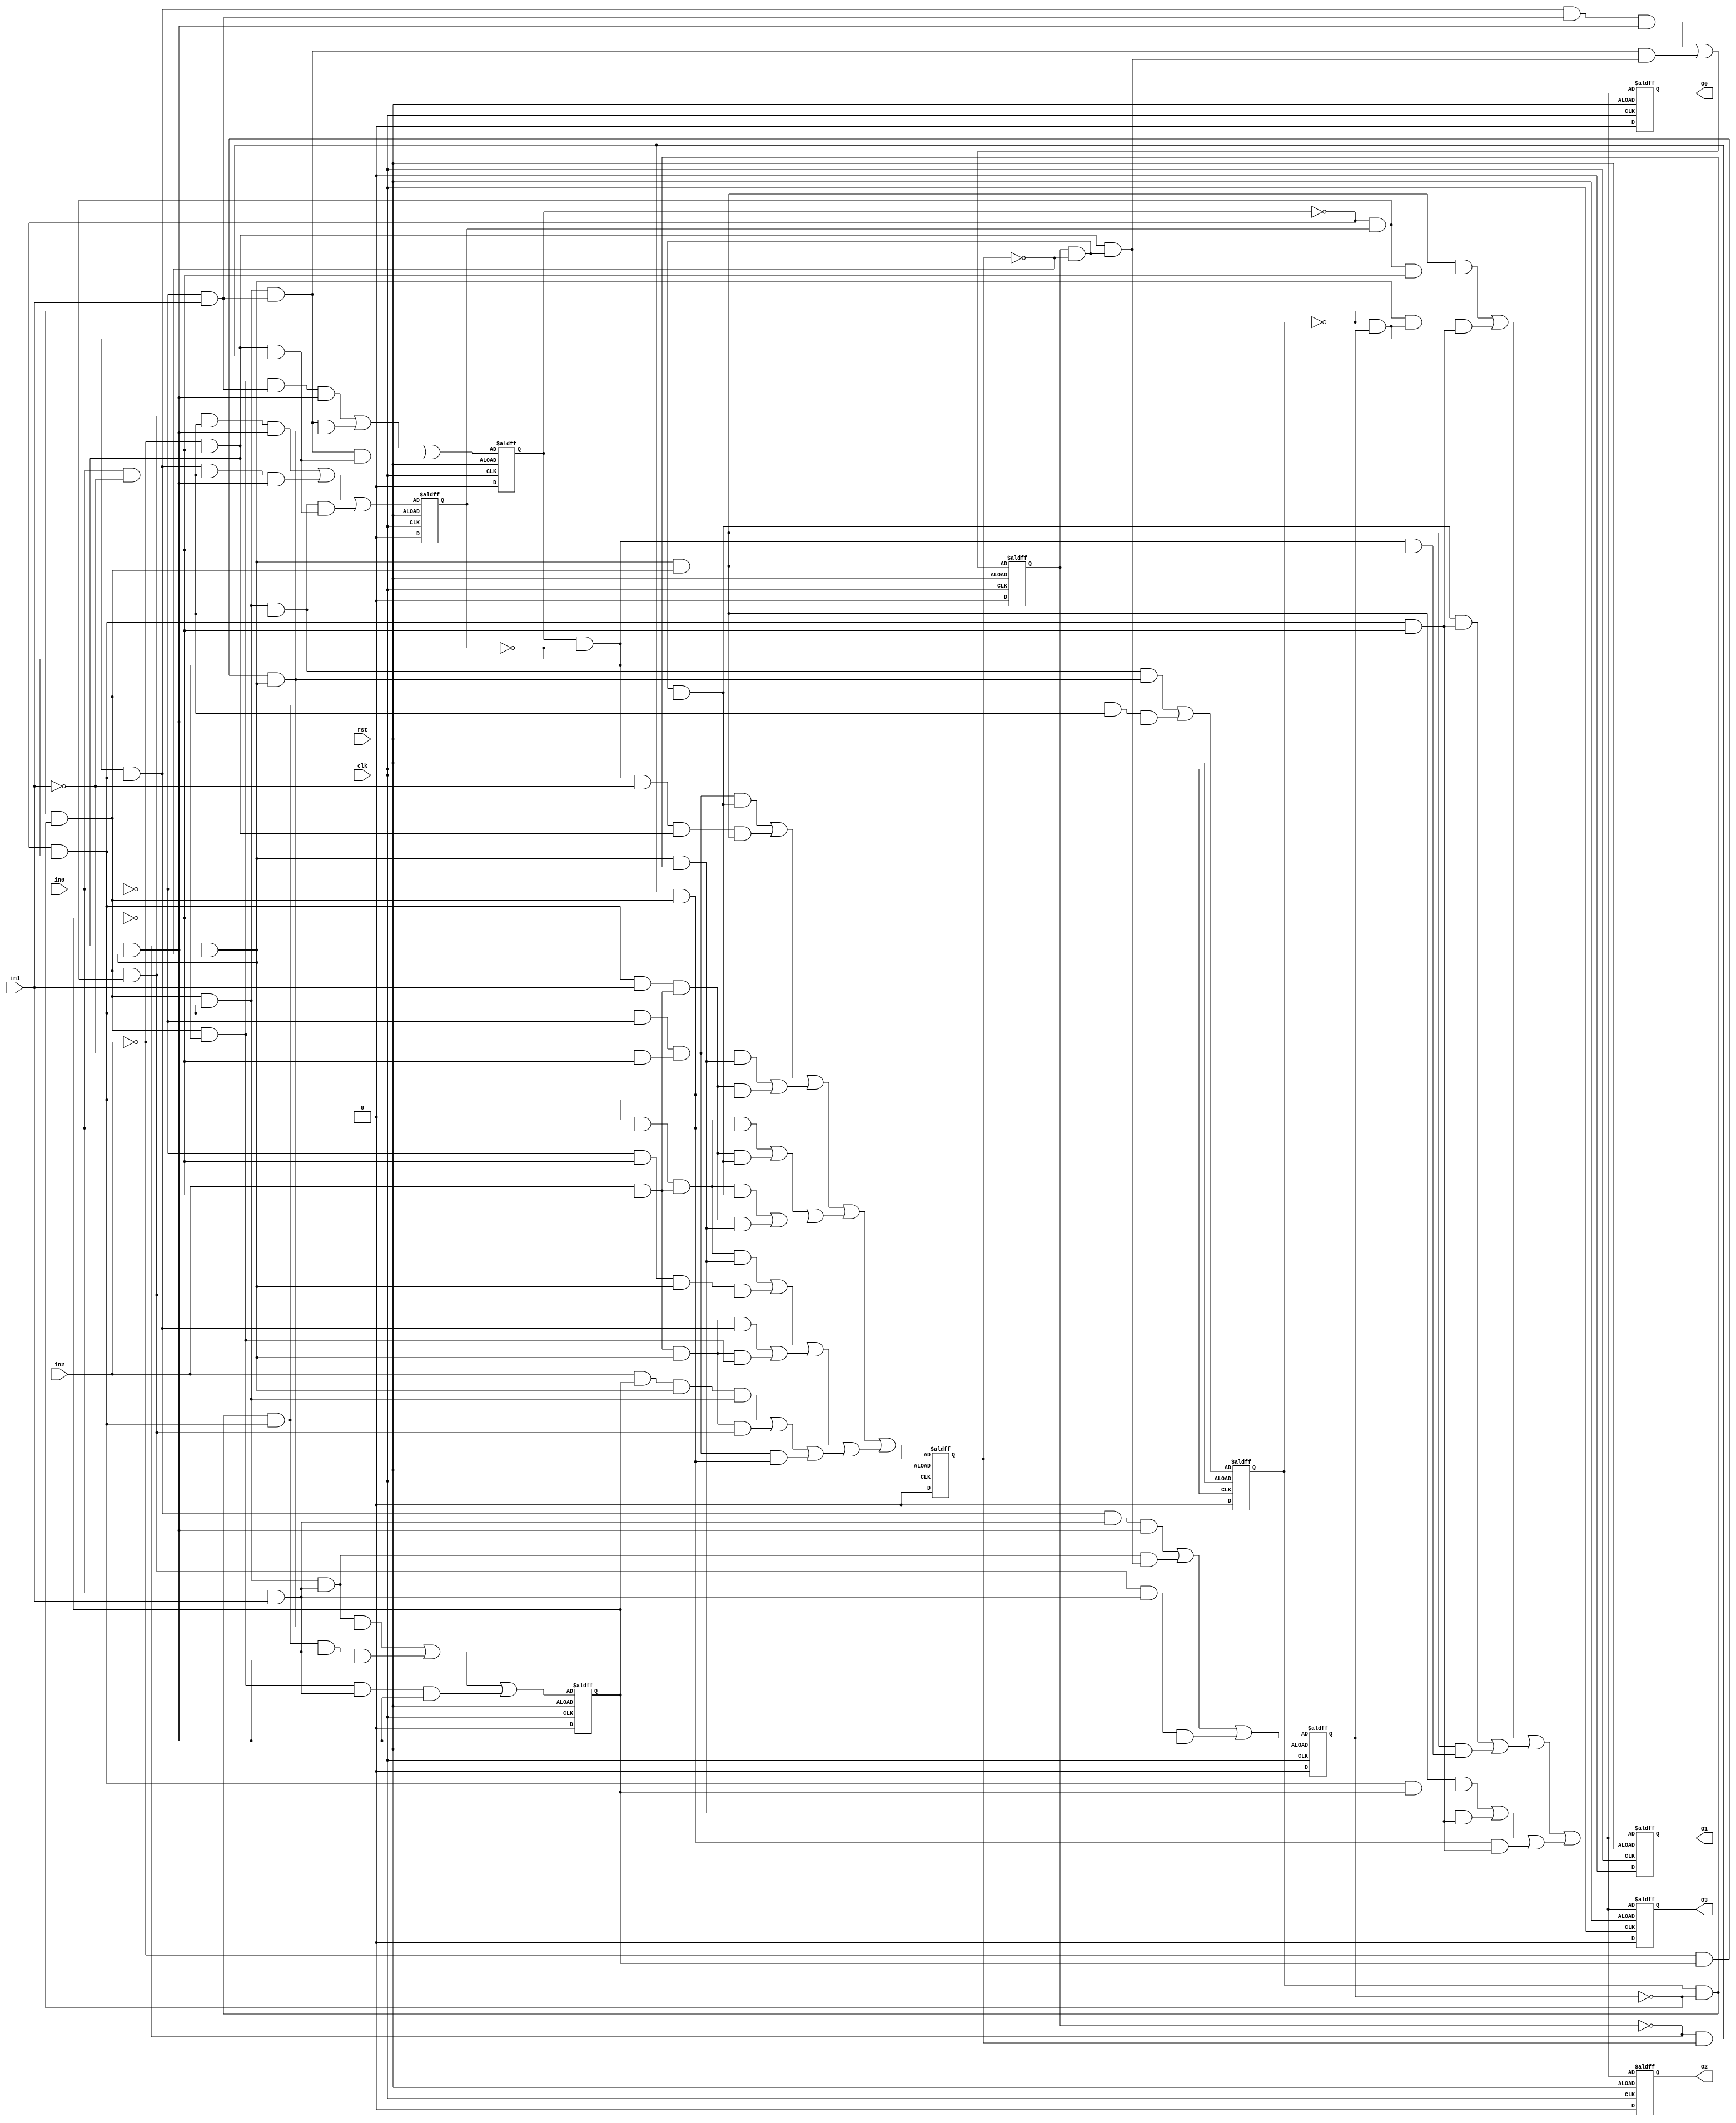
//num of or = 49
//num of and = 428
//num of not = 390
//num of wire = 865
module c1126 (in0,in1,in2,O0,O1,O2,O3,clk,rst);

input in0,in1,in2,clk,rst;

output O0,O1,O2,O3;

wire in0,in1,in2,N0,N1,N2,N3,N4,N5,N6,N7,N8,
N9,N10,N11,N12,N13,N14,N15,N16,N17,N18,
N19,N20,N21,N22,N23,N24,N25,N26,N27,N28,
N29,N30,N31,N32,N33,N34,N35,N36,N37,N38,
N39,N40,N41,N42,N43,N44,N45,N46,N47,N48,
N49,N50,N51,N52,N53,N54,N55,N56,N57,N58,
N59,N60,N61,N62,N63,N64,N65,N66,N67,N68,
N69,N70,N71,N72,N73,N74,N75,N76,N77,N78,
N79,N80,N81,N82,N83,N84,N85,N86,N87,N88,
N89,N90,N91,N92,N93,N94,N95,N96,N97,N98,
N99,N100,N101,N102,N103,N104,N105,N106,N107,N108,
N109,N110,N111,N112,N113,N114,N115,N116,N117,N118,
N119,N120,N121,N122,N123,N124,N125,N126,N127,N128,
N129,N130,N131,N132,N133,N134,N135,N136,N137,N138,
N139,N140,N141,N142,N143,N144,N145,N146,N147,N148,
N149,N150,N151,N152,N153,N154,N155,N156,N157,N158,
N159,N160,N161,N162,N163,N164,N165,N166,N167,N168,
N169,N170,N171,N172,N173,N174,N175,N176,N177,N178,
N179,N180,N181,N182,N183,N184,N185,N186,N187,N188,
N189,N190,N191,N192,N193,N194,N195,N196,N197,N198,
N199,N200,N201,N202,N203,N204,N205,N206,N207,N208,
N209,N210,N211,N212,N213,N214,N215,N216,N217,N218,
N219,N220,N221,N222,N223,N224,N225,N226,N227,N228,
N229,N230,N231,N232,N233,N234,N235,N236,N237,N238,
N239,N240,N241,N242,N243,N244,N245,N246,N247,N248,
N249,N250,N251,N252,N253,N254,N255,N256,N257,N258,
N259,N260,N261,N262,N263,N264,N265,N266,N267,N268,
N269,N270,N271,N272,N273,N274,N275,N276,N277,N278,
N279,N280,N281,N282,N283,N284,N285,N286,N287,N288,
N289,N290,N291,N292,N293,N294,N295,N296,N297,N298,
N299,N300,N301,N302,N303,N304,N305,N306,N307,N308,
N309,N310,N311,N312,N313,N314,N315,N316,N317,N318,
N319,N320,N321,N322,N323,N324,N325,N326,N327,N328,
N329,N330,N331,N332,N333,N334,N335,N336,N337,N338,
N339,N340,N341,N342,N343,N344,N345,N346,N347,N348,
N349,N350,N351,N352,N353,N354,N355,N356,N357,N358,
N359,N360,N361,N362,N363,N364,N365,N366,N367,N368,
N369,N370,N371,N372,N373,N374,N375,N376,N377,N378,
N379,N380,N381,N382,N383,N384,N385,N386,N387,N388,
N389,N390,N391,N392,N393,N394,N395,N396,N397,N398,
N399,N400,N401,N402,N403,N404,N405,N406,N407,N408,
N409,N410,N411,N412,N413,N414,N415,N416,N417,N418,
N419,N420,N421,N422,N423,N424,N425,N426,N427,N428,
N429,N430,N431,N432,N433,N434,N435,N436,N437,N438,
N439,N440,N441,N442,N443,N444,N445,N446,N447,N448,
N449,N450,N451,N452,N453,N454,N455,N456,N457,N458,
N459,N460,N461,N462,N463,N464,N465,N466,N467,N468,
N469,N470,N471,N472,N473,N474,N475,N476,N477,N478,
N479,N480,N481,N482,N483,N484,N485,N486,N487,N488,
N489,N490,N491,N492,N493,N494,N495,N496,N497,N498,
N499,N500,N501,N502,N503,N504,N505,N506,N507,N508,
N509,N510,N511,N512,N513,N514,N515,N516,N517,N518,
N519,N520,N521,N522,N523,N524,N525,N526,N527,N528,
N529,N530,N531,N532,N533,N534,N535,N536,N537,N538,
N539,N540,N541,N542,N543,N544,N545,N546,N547,N548,
N549,N550,N551,N552,N553,N554,N555,N556,N557,N558,
N559,N560,N561,N562,N563,N564,N565,N566,N567,N568,
N569,N570,N571,N572,N573,N574,N575,N576,N577,N578,
N579,N580,N581,N582,N583,N584,N585,N586,N587,N588,
N589,N590,N591,N592,N593,N594,N595,N596,N597,N598,
N599,N600,N601,N602,N603,N604,N605,N606,N607,N608,
N609,N610,N611,N612,N613,N614,N615,N616,N617,N618,
N619,N620,N621,N622,N623,N624,N625,N626,N627,N628,
N629,N630,N631,N632,N633,N634,N635,N636,N637,N638,
N639,N640,N641,N642,N643,N644,N645,N646,N647,N648,
N649,N650,N651,N652,N653,N654,N655,N656,N657,N658,
N659,N660,N661,N662,N663,N664,N665,N666,N667,N668,
N669,N670,N671,N672,N673,N674,N675,N676,N677,N678,
N679,N680,N681,N682,N683,N684,N685,N686,N687,N688,
N689,N690,N691,N692,N693,N694,N695,N696,N697,N698,
N699,N700,N701,N702,N703,N704,N705,N706,N707,N708,
N709,N710,N711,N712,N713,N714,N715,N716,N717,N718,
N719,N720,N721,N722,N723,N724,N725,N726,N727,N728,
N729,N730,N731,N732,N733,N734,N735,N736,N737,N738,
N739,N740,N741,N742,N743,N744,N745,N746,N747,N748,
N749,N750,N751,N752,N753,N754,N755,N756,N757,N758,
N759,N760,N761,N762,N763,N764,N765,N766,N767,N768,
N769,N770,N771,N772,N773,N774,N775,N776,N777,N778,
N779,N780,N781,N782,N783,N784,N785,N786,N787,N788,
N789,N790,N791,N792,N793,N794,N795,N796,N797,N798,
N799,N800,N801,N802,N803,N804,N805,N806,N807,N808,
N809,N810,N811,N812,N813,N814,N815,N816,N817,N818,
N819,N820,N821,N822,N823,N824,N825,N826,N827,N828,
N829,N830,N831,N832,N833,N834,N835,N836,N837,N838,
N839,N840,N841,N842,N843,N844,N845,N846,N847,N848,
N849,N850,N851,N852,N853,N854,N855,N856,N857,N858,
N859,N860,N861,N862,N863,clk,rst;

reg R0,R1,R2,R3,R4,R5,R6,O0,O1,O2,O3;

always@(posedge clk or negedge rst)
 if(!rst)
   R0 <= N0;
   else
   R0= 1'b0;

always@(posedge clk or negedge rst)
 if(!rst)
   R1 <= N50;
   else
   R1= 1'b0;

always@(posedge clk or negedge rst)
 if(!rst)
   R2 <= N85;
   else
   R2= 1'b0;

always@(posedge clk or negedge rst)
 if(!rst)
   R3 <= N313;
   else
   R3= 1'b0;

always@(posedge clk or negedge rst)
 if(!rst)
   R4 <= N348;
   else
   R4= 1'b0;

always@(posedge clk or negedge rst)
 if(!rst)
   R5 <= N398;
   else
   R5= 1'b0;

always@(posedge clk or negedge rst)
 if(!rst)
   R6 <= N451;
   else
   R6= 1'b0;

always@(posedge clk or negedge rst)
  if(!rst)
   O0 <= N504;
  else
       O0=1'b0;
always@(posedge clk or negedge rst)
  if(!rst)
   O1 <= N594;
  else
       O1=1'b0;
always@(posedge clk or negedge rst)
  if(!rst)
   O2 <= N684;
  else
       O2=1'b0;
always@(posedge clk or negedge rst)
  if(!rst)
   O3 <= N774;
  else
       O3=1'b0;

and and0(N2,N3,N4);
and and9(N18,N19,N20);
and and18(N34,N35,N36);
and and1(N3,N5,N6);
and and2(N4,N7,N8);
and and10(N19,N21,N22);
and and11(N20,N23,N24);
and and19(N35,N37,N38);
and and20(N36,N39,N40);
and and3(N5,N9,N10);
and and4(N6,in0,in1);
and and5(N7,N11,N12);
and and6(N8,N13,N14);
and and12(N21,N25,N26);
and and13(N22,in0,in1);
and and14(N23,N27,R0);
and and15(N24,N28,N29);
and and21(N37,N41,N42);
and and22(N38,in0,in1);
and and23(N39,N43,N44);
and and24(N40,N45,N46);
and and7(N9,N15,N16);
and and8(N10,R5,N17);
and and16(N25,N30,N31);
and and17(N26,N32,N33);
and and25(N41,R3,N47);
and and26(N42,N48,N49);
and and27(N51,N52,N53);
and and36(N68,N69,N70);
and and28(N52,N54,N55);
and and29(N53,N56,N57);
and and37(N69,N71,N72);
and and38(N70,N73,N74);
and and30(N54,N58,N59);
and and31(N55,N60,in1);
and and32(N56,N61,N62);
and and33(N57,N63,N64);
and and39(N71,N75,N76);
and and40(N72,N77,in1);
and and41(N73,N78,N79);
and and42(N74,R1,N80);
and and34(N58,N65,R4);
and and35(N59,N66,N67);
and and43(N75,N81,N82);
and and44(N76,N83,N84);
and and45(N99,N100,N101);
and and53(N115,N116,N117);
and and61(N131,N132,N133);
and and69(N147,N148,N149);
and and77(N163,N164,N165);
and and85(N177,N178,N179);
and and93(N191,N192,N193);
and and101(N205,N206,N207);
and and109(N219,N220,N221);
and and117(N233,N234,N235);
and and125(N247,N248,N249);
and and132(N261,N262,N263);
and and139(N274,N275,N276);
and and146(N287,N288,N289);
and and153(N300,N301,N302);
and and46(N100,N102,N103);
and and47(N101,N104,N105);
and and54(N116,N118,N119);
and and55(N117,N120,N121);
and and62(N132,N134,N135);
and and63(N133,N136,N137);
and and70(N148,N150,N151);
and and71(N149,N152,N153);
and and78(N164,N166,N167);
and and79(N165,N168,N169);
and and86(N178,N180,N181);
and and87(N179,N182,N183);
and and94(N192,N194,N195);
and and95(N193,N196,N197);
and and102(N206,N208,N209);
and and103(N207,N210,N211);
and and110(N220,N222,N223);
and and111(N221,N224,N225);
and and118(N234,N236,N237);
and and119(N235,N238,N239);
and and126(N248,N250,N251);
and and127(N249,N252,N253);
and and133(N262,N264,N265);
and and134(N263,N266,N267);
and and140(N275,N277,N278);
and and141(N276,N279,N280);
and and147(N288,N290,N291);
and and148(N289,N292,N293);
and and154(N301,N303,N304);
and and155(N302,N305,N306);
and and48(N102,N106,N107);
and and49(N103,N108,N109);
and and50(N104,N110,R2);
and and51(N105,N111,N112);
and and56(N118,N122,N123);
and and57(N119,N124,N125);
and and58(N120,R1,N126);
and and59(N121,N127,N128);
and and64(N134,N138,N139);
and and65(N135,N140,N141);
and and66(N136,N142,N143);
and and67(N137,N144,N145);
and and72(N150,N154,N155);
and and73(N151,N156,N157);
and and74(N152,N158,N159);
and and75(N153,R3,N160);
and and80(N166,N170,in1);
and and81(N167,in2,N171);
and and82(N168,N172,R2);
and and83(N169,N173,N174);
and and88(N180,N184,in0);
and and89(N181,in2,N185);
and and90(N182,N186,R2);
and and91(N183,N187,N188);
and and96(N194,N198,in1);
and and97(N195,in2,N199);
and and98(N196,R1,N200);
and and99(N197,N201,N202);
and and104(N208,N212,in0);
and and105(N209,in2,N213);
and and106(N210,R1,N214);
and and107(N211,N215,N216);
and and112(N222,N226,in1);
and and113(N223,in2,N227);
and and114(N224,N228,N229);
and and115(N225,R3,N230);
and and120(N236,N240,in0);
and and121(N237,in2,N241);
and and122(N238,N242,N243);
and and123(N239,R3,N244);
and and128(N250,N254,N255);
and and129(N251,N256,N257);
and and130(N252,N258,N259);
and and131(N253,N260,R6);
and and135(N264,in2,N268);
and and136(N265,N269,N270);
and and137(N266,N271,R4);
and and138(N267,N272,N273);
and and142(N277,in2,N281);
and and143(N278,N282,N283);
and and144(N279,N284,N285);
and and145(N280,R5,N286);
and and149(N290,in2,R0);
and and150(N291,N294,N295);
and and151(N292,N296,N297);
and and152(N293,N298,N299);
and and156(N303,in2,N307);
and and157(N304,N308,N309);
and and158(N305,N310,N311);
and and159(N306,N312,R6);
and and52(N106,N113,N114);
and and60(N122,N129,N130);
and and68(N138,R5,N146);
and and76(N154,N161,N162);
and and84(N170,N175,N176);
and and92(N184,N189,N190);
and and100(N198,N203,N204);
and and108(N212,N217,N218);
and and116(N226,N231,N232);
and and124(N240,N245,N246);
and and160(N314,N315,N316);
and and169(N331,N332,N333);
and and161(N315,N317,N318);
and and162(N316,N319,N320);
and and170(N332,N334,N335);
and and171(N333,N336,N337);
and and163(N317,N321,N322);
and and164(N318,in0,N323);
and and165(N319,N324,R0);
and and166(N320,N325,N326);
and and172(N334,N338,N339);
and and173(N335,in0,N340);
and and174(N336,N341,N342);
and and175(N337,N343,N344);
and and167(N321,N327,N328);
and and168(N322,N329,N330);
and and176(N338,R3,N345);
and and177(N339,N346,N347);
and and178(N350,N351,N352);
and and187(N366,N367,N368);
and and196(N382,N383,N384);
and and179(N351,N353,N354);
and and180(N352,N355,N356);
and and188(N367,N369,N370);
and and189(N368,N371,N372);
and and197(N383,N385,N386);
and and198(N384,N387,N388);
and and181(N353,N357,N358);
and and182(N354,in0,in1);
and and183(N355,N359,N360);
and and184(N356,N361,N362);
and and190(N369,N373,N374);
and and191(N370,in0,in1);
and and192(N371,N375,N376);
and and193(N372,N377,N378);
and and199(N385,N389,N390);
and and200(N386,in0,in1);
and and201(N387,N391,N392);
and and202(N388,R1,N393);
and and185(N357,N363,N364);
and and186(N358,N365,R6);
and and194(N373,N379,R4);
and and195(N374,N380,N381);
and and203(N389,N394,N395);
and and204(N390,N396,N397);
and and205(N400,N401,N402);
and and214(N417,N418,N419);
and and223(N434,N435,N436);
and and206(N401,N403,N404);
and and207(N402,N405,N406);
and and215(N418,N420,N421);
and and216(N419,N422,N423);
and and224(N435,N437,N438);
and and225(N436,N439,N440);
and and208(N403,N407,N408);
and and209(N404,N409,in1);
and and210(N405,N410,N411);
and and211(N406,N412,R2);
and and217(N420,N424,N425);
and and218(N421,N426,in1);
and and219(N422,N427,N428);
and and220(N423,N429,N430);
and and226(N437,N441,N442);
and and227(N438,N443,in1);
and and228(N439,N444,R0);
and and229(N440,N445,N446);
and and212(N407,N413,N414);
and and213(N408,N415,N416);
and and221(N424,N431,N432);
and and222(N425,R5,N433);
and and230(N441,N447,N448);
and and231(N442,N449,N450);
and and232(N453,N454,N455);
and and241(N470,N471,N472);
and and250(N487,N488,N489);
and and233(N454,N456,N457);
and and234(N455,N458,N459);
and and242(N471,N473,N474);
and and243(N472,N475,N476);
and and251(N488,N490,N491);
and and252(N489,N492,N493);
and and235(N456,N460,N461);
and and236(N457,in0,N462);
and and237(N458,N463,N464);
and and238(N459,N465,R2);
and and244(N473,N477,N478);
and and245(N474,in0,N479);
and and246(N475,N480,N481);
and and247(N476,N482,N483);
and and253(N490,N494,N495);
and and254(N491,in0,N496);
and and255(N492,N497,N498);
and and256(N493,N499,N500);
and and239(N460,N466,N467);
and and240(N461,N468,N469);
and and248(N477,N484,N485);
and and249(N478,N486,R6);
and and257(N494,N501,R4);
and and258(N495,N502,N503);
and and259(N510,N511,N512);
and and265(N522,N523,N524);
and and271(N534,N535,N536);
and and277(N546,N547,N548);
and and283(N558,N559,N560);
and and289(N570,N571,N572);
and and295(N582,N583,N584);
and and260(N511,N513,N514);
and and261(N512,N515,N516);
and and266(N523,N525,N526);
and and267(N524,N527,N528);
and and272(N535,N537,N538);
and and273(N536,N539,N540);
and and278(N547,N549,N550);
and and279(N548,N551,N552);
and and284(N559,N561,N562);
and and285(N560,N563,N564);
and and290(N571,N573,N574);
and and291(N572,N575,R0);
and and296(N583,N585,N586);
and and297(N584,N587,N588);
and and262(N513,N517,R2);
and and263(N514,N518,N519);
and and264(N515,N520,N521);
and and268(N525,N529,N530);
and and269(N526,N531,N532);
and and270(N527,N533,R6);
and and274(N537,N541,N542);
and and275(N538,N543,R4);
and and276(N539,N544,N545);
and and280(N549,R1,N553);
and and281(N550,N554,N555);
and and282(N551,N556,N557);
and and286(N561,N565,N566);
and and287(N562,N567,N568);
and and288(N563,R5,N569);
and and292(N573,N576,N577);
and and293(N574,N578,N579);
and and294(N575,N580,N581);
and and298(N585,N589,N590);
and and299(N586,R3,N591);
and and300(N587,N592,N593);
and and301(N600,N601,N602);
and and307(N612,N613,N614);
and and313(N624,N625,N626);
and and319(N636,N637,N638);
and and325(N648,N649,N650);
and and331(N660,N661,N662);
and and337(N672,N673,N674);
and and302(N601,N603,N604);
and and303(N602,N605,N606);
and and308(N613,N615,N616);
and and309(N614,N617,N618);
and and314(N625,N627,N628);
and and315(N626,N629,N630);
and and320(N637,N639,N640);
and and321(N638,N641,N642);
and and326(N649,N651,N652);
and and327(N650,N653,N654);
and and332(N661,N663,N664);
and and333(N662,N665,R0);
and and338(N673,N675,N676);
and and339(N674,N677,N678);
and and304(N603,N607,R2);
and and305(N604,N608,N609);
and and306(N605,N610,N611);
and and310(N615,N619,N620);
and and311(N616,N621,N622);
and and312(N617,N623,R6);
and and316(N627,N631,N632);
and and317(N628,N633,R4);
and and318(N629,N634,N635);
and and322(N639,R1,N643);
and and323(N640,N644,N645);
and and324(N641,N646,N647);
and and328(N651,N655,N656);
and and329(N652,N657,N658);
and and330(N653,R5,N659);
and and334(N663,N666,N667);
and and335(N664,N668,N669);
and and336(N665,N670,N671);
and and340(N675,N679,N680);
and and341(N676,R3,N681);
and and342(N677,N682,N683);
and and343(N690,N691,N692);
and and349(N702,N703,N704);
and and355(N714,N715,N716);
and and361(N726,N727,N728);
and and367(N738,N739,N740);
and and373(N750,N751,N752);
and and379(N762,N763,N764);
and and344(N691,N693,N694);
and and345(N692,N695,N696);
and and350(N703,N705,N706);
and and351(N704,N707,N708);
and and356(N715,N717,N718);
and and357(N716,N719,N720);
and and362(N727,N729,N730);
and and363(N728,N731,N732);
and and368(N739,N741,N742);
and and369(N740,N743,N744);
and and374(N751,N753,N754);
and and375(N752,N755,R0);
and and380(N763,N765,N766);
and and381(N764,N767,N768);
and and346(N693,N697,R2);
and and347(N694,N698,N699);
and and348(N695,N700,N701);
and and352(N705,N709,N710);
and and353(N706,N711,N712);
and and354(N707,N713,R6);
and and358(N717,N721,N722);
and and359(N718,N723,R4);
and and360(N719,N724,N725);
and and364(N729,R1,N733);
and and365(N730,N734,N735);
and and366(N731,N736,N737);
and and370(N741,N745,N746);
and and371(N742,N747,N748);
and and372(N743,R5,N749);
and and376(N753,N756,N757);
and and377(N754,N758,N759);
and and378(N755,N760,N761);
and and382(N765,N769,N770);
and and383(N766,R3,N771);
and and384(N767,N772,N773);
and and385(N780,N781,N782);
and and391(N792,N793,N794);
and and397(N804,N805,N806);
and and403(N816,N817,N818);
and and409(N828,N829,N830);
and and415(N840,N841,N842);
and and421(N852,N853,N854);
and and386(N781,N783,N784);
and and387(N782,N785,N786);
and and392(N793,N795,N796);
and and393(N794,N797,N798);
and and398(N805,N807,N808);
and and399(N806,N809,N810);
and and404(N817,N819,N820);
and and405(N818,N821,N822);
and and410(N829,N831,N832);
and and411(N830,N833,N834);
and and416(N841,N843,N844);
and and417(N842,N845,R0);
and and422(N853,N855,N856);
and and423(N854,N857,N858);
and and388(N783,N787,R2);
and and389(N784,N788,N789);
and and390(N785,N790,N791);
and and394(N795,N799,N800);
and and395(N796,N801,N802);
and and396(N797,N803,R6);
and and400(N807,N811,N812);
and and401(N808,N813,R4);
and and402(N809,N814,N815);
and and406(N819,R1,N823);
and and407(N820,N824,N825);
and and408(N821,N826,N827);
and and412(N831,N835,N836);
and and413(N832,N837,N838);
and and414(N833,R5,N839);
and and418(N843,N846,N847);
and and419(N844,N848,N849);
and and420(N845,N850,N851);
and and424(N855,N859,N860);
and and425(N856,R3,N861);
and and426(N857,N862,N863);

or or0(N0,N1,N2);
or or1(N1,N18,N34);
or or2(N50,N51,N68);
or or3(N85,N86,N87);
or or4(N86,N88,N89);
or or5(N87,N90,N91);
or or6(N88,N92,N93);
or or7(N89,N94,N95);
or or8(N90,N96,N97);
or or9(N91,N98,N99);
or or10(N92,N115,N131);
or or11(N93,N147,N163);
or or12(N94,N177,N191);
or or13(N95,N205,N219);
or or14(N96,N233,N247);
or or15(N97,N261,N274);
or or16(N98,N287,N300);
or or17(N313,N314,N331);
or or18(N348,N349,N350);
or or19(N349,N366,N382);
or or20(N398,N399,N400);
or or21(N399,N417,N434);
or or22(N451,N452,N453);
or or23(N452,N470,N487);
or or24(N504,N505,N506);
or or25(N505,N507,N508);
or or26(N506,N509,N510);
or or27(N507,N522,N534);
or or28(N508,N546,N558);
or or29(N509,N570,N582);
or or30(N594,N595,N596);
or or31(N595,N597,N598);
or or32(N596,N599,N600);
or or33(N597,N612,N624);
or or34(N598,N636,N648);
or or35(N599,N660,N672);
or or36(N684,N685,N686);
or or37(N685,N687,N688);
or or38(N686,N689,N690);
or or39(N687,N702,N714);
or or40(N688,N726,N738);
or or41(N689,N750,N762);
or or42(N774,N775,N776);
or or43(N775,N777,N778);
or or44(N776,N779,N780);
or or45(N777,N792,N804);
or or46(N778,N816,N828);
or or47(N779,N840,N852);

not not0(N11,in2);
not not1(N12,R0);
not not2(N13,R1);
not not3(N14,R2);
not not4(N27,in2);
not not5(N28,R1);
not not6(N29,R2);
not not7(N43,in2);
not not8(N44,R0);
not not9(N45,R1);
not not10(N46,R2);
not not11(N15,R3);
not not12(N16,R4);
not not13(N17,R6);
not not14(N30,R3);
not not15(N31,R4);
not not16(N32,R5);
not not17(N33,R6);
not not18(N47,R4);
not not19(N48,R5);
not not20(N49,R6);
not not21(N60,in0);
not not22(N61,in2);
not not23(N62,R0);
not not24(N63,R1);
not not25(N64,R2);
not not26(N77,in0);
not not27(N78,in2);
not not28(N79,R0);
not not29(N80,R2);
not not30(N65,R3);
not not31(N66,R5);
not not32(N67,R6);
not not33(N81,R3);
not not34(N82,R4);
not not35(N83,R5);
not not36(N84,R6);
not not37(N107,in0);
not not38(N108,in1);
not not39(N109,R0);
not not40(N110,R1);
not not41(N111,R3);
not not42(N112,R4);
not not43(N123,in0);
not not44(N124,in1);
not not45(N125,R0);
not not46(N126,R2);
not not47(N127,R3);
not not48(N128,R4);
not not49(N139,in1);
not not50(N140,in2);
not not51(N141,R0);
not not52(N142,R1);
not not53(N143,R2);
not not54(N144,R3);
not not55(N145,R4);
not not56(N155,in0);
not not57(N156,in1);
not not58(N157,R0);
not not59(N158,R1);
not not60(N159,R2);
not not61(N160,R4);
not not62(N171,R0);
not not63(N172,R1);
not not64(N173,R3);
not not65(N174,R4);
not not66(N185,R0);
not not67(N186,R1);
not not68(N187,R3);
not not69(N188,R4);
not not70(N199,R0);
not not71(N200,R2);
not not72(N201,R3);
not not73(N202,R4);
not not74(N213,R0);
not not75(N214,R2);
not not76(N215,R3);
not not77(N216,R4);
not not78(N227,R0);
not not79(N228,R1);
not not80(N229,R2);
not not81(N230,R4);
not not82(N241,R0);
not not83(N242,R1);
not not84(N243,R2);
not not85(N244,R4);
not not86(N254,in0);
not not87(N255,R0);
not not88(N256,R1);
not not89(N257,R2);
not not90(N258,R3);
not not91(N259,R4);
not not92(N260,R5);
not not93(N268,R0);
not not94(N269,R1);
not not95(N270,R2);
not not96(N271,R3);
not not97(N272,R5);
not not98(N273,R6);
not not99(N281,R0);
not not100(N282,R1);
not not101(N283,R2);
not not102(N284,R3);
not not103(N285,R4);
not not104(N286,R6);
not not105(N294,R1);
not not106(N295,R2);
not not107(N296,R3);
not not108(N297,R4);
not not109(N298,R5);
not not110(N299,R6);
not not111(N307,R0);
not not112(N308,R1);
not not113(N309,R2);
not not114(N310,R3);
not not115(N311,R4);
not not116(N312,R5);
not not117(N113,R5);
not not118(N114,R6);
not not119(N129,R5);
not not120(N130,R6);
not not121(N146,R6);
not not122(N161,R5);
not not123(N162,R6);
not not124(N175,R5);
not not125(N176,R6);
not not126(N189,R5);
not not127(N190,R6);
not not128(N203,R5);
not not129(N204,R6);
not not130(N217,R5);
not not131(N218,R6);
not not132(N231,R5);
not not133(N232,R6);
not not134(N245,R5);
not not135(N246,R6);
not not136(N323,in1);
not not137(N324,in2);
not not138(N325,R1);
not not139(N326,R2);
not not140(N340,in1);
not not141(N341,in2);
not not142(N342,R0);
not not143(N343,R1);
not not144(N344,R2);
not not145(N327,R3);
not not146(N328,R4);
not not147(N329,R5);
not not148(N330,R6);
not not149(N345,R4);
not not150(N346,R5);
not not151(N347,R6);
not not152(N359,in2);
not not153(N360,R0);
not not154(N361,R1);
not not155(N362,R2);
not not156(N375,in2);
not not157(N376,R0);
not not158(N377,R1);
not not159(N378,R2);
not not160(N391,in2);
not not161(N392,R0);
not not162(N393,R2);
not not163(N363,R3);
not not164(N364,R4);
not not165(N365,R5);
not not166(N379,R3);
not not167(N380,R5);
not not168(N381,R6);
not not169(N394,R3);
not not170(N395,R4);
not not171(N396,R5);
not not172(N397,R6);
not not173(N409,in0);
not not174(N410,in2);
not not175(N411,R0);
not not176(N412,R1);
not not177(N426,in0);
not not178(N427,in2);
not not179(N428,R0);
not not180(N429,R1);
not not181(N430,R2);
not not182(N443,in0);
not not183(N444,in2);
not not184(N445,R1);
not not185(N446,R2);
not not186(N413,R3);
not not187(N414,R4);
not not188(N415,R5);
not not189(N416,R6);
not not190(N431,R3);
not not191(N432,R4);
not not192(N433,R6);
not not193(N447,R3);
not not194(N448,R4);
not not195(N449,R5);
not not196(N450,R6);
not not197(N462,in1);
not not198(N463,in2);
not not199(N464,R0);
not not200(N465,R1);
not not201(N479,in1);
not not202(N480,in2);
not not203(N481,R0);
not not204(N482,R1);
not not205(N483,R2);
not not206(N496,in1);
not not207(N497,in2);
not not208(N498,R0);
not not209(N499,R1);
not not210(N500,R2);
not not211(N466,R3);
not not212(N467,R4);
not not213(N468,R5);
not not214(N469,R6);
not not215(N484,R3);
not not216(N485,R4);
not not217(N486,R5);
not not218(N501,R3);
not not219(N502,R5);
not not220(N503,R6);
not not221(N516,R0);
not not222(N528,R0);
not not223(N540,R0);
not not224(N552,R0);
not not225(N564,R0);
not not226(N588,R0);
not not227(N517,R1);
not not228(N518,R3);
not not229(N519,R4);
not not230(N520,R5);
not not231(N521,R6);
not not232(N529,R1);
not not233(N530,R2);
not not234(N531,R3);
not not235(N532,R4);
not not236(N533,R5);
not not237(N541,R1);
not not238(N542,R2);
not not239(N543,R3);
not not240(N544,R5);
not not241(N545,R6);
not not242(N553,R2);
not not243(N554,R3);
not not244(N555,R4);
not not245(N556,R5);
not not246(N557,R6);
not not247(N565,R1);
not not248(N566,R2);
not not249(N567,R3);
not not250(N568,R4);
not not251(N569,R6);
not not252(N576,R1);
not not253(N577,R2);
not not254(N578,R3);
not not255(N579,R4);
not not256(N580,R5);
not not257(N581,R6);
not not258(N589,R1);
not not259(N590,R2);
not not260(N591,R4);
not not261(N592,R5);
not not262(N593,R6);
not not263(N606,R0);
not not264(N618,R0);
not not265(N630,R0);
not not266(N642,R0);
not not267(N654,R0);
not not268(N678,R0);
not not269(N607,R1);
not not270(N608,R3);
not not271(N609,R4);
not not272(N610,R5);
not not273(N611,R6);
not not274(N619,R1);
not not275(N620,R2);
not not276(N621,R3);
not not277(N622,R4);
not not278(N623,R5);
not not279(N631,R1);
not not280(N632,R2);
not not281(N633,R3);
not not282(N634,R5);
not not283(N635,R6);
not not284(N643,R2);
not not285(N644,R3);
not not286(N645,R4);
not not287(N646,R5);
not not288(N647,R6);
not not289(N655,R1);
not not290(N656,R2);
not not291(N657,R3);
not not292(N658,R4);
not not293(N659,R6);
not not294(N666,R1);
not not295(N667,R2);
not not296(N668,R3);
not not297(N669,R4);
not not298(N670,R5);
not not299(N671,R6);
not not300(N679,R1);
not not301(N680,R2);
not not302(N681,R4);
not not303(N682,R5);
not not304(N683,R6);
not not305(N696,R0);
not not306(N708,R0);
not not307(N720,R0);
not not308(N732,R0);
not not309(N744,R0);
not not310(N768,R0);
not not311(N697,R1);
not not312(N698,R3);
not not313(N699,R4);
not not314(N700,R5);
not not315(N701,R6);
not not316(N709,R1);
not not317(N710,R2);
not not318(N711,R3);
not not319(N712,R4);
not not320(N713,R5);
not not321(N721,R1);
not not322(N722,R2);
not not323(N723,R3);
not not324(N724,R5);
not not325(N725,R6);
not not326(N733,R2);
not not327(N734,R3);
not not328(N735,R4);
not not329(N736,R5);
not not330(N737,R6);
not not331(N745,R1);
not not332(N746,R2);
not not333(N747,R3);
not not334(N748,R4);
not not335(N749,R6);
not not336(N756,R1);
not not337(N757,R2);
not not338(N758,R3);
not not339(N759,R4);
not not340(N760,R5);
not not341(N761,R6);
not not342(N769,R1);
not not343(N770,R2);
not not344(N771,R4);
not not345(N772,R5);
not not346(N773,R6);
not not347(N786,R0);
not not348(N798,R0);
not not349(N810,R0);
not not350(N822,R0);
not not351(N834,R0);
not not352(N858,R0);
not not353(N787,R1);
not not354(N788,R3);
not not355(N789,R4);
not not356(N790,R5);
not not357(N791,R6);
not not358(N799,R1);
not not359(N800,R2);
not not360(N801,R3);
not not361(N802,R4);
not not362(N803,R5);
not not363(N811,R1);
not not364(N812,R2);
not not365(N813,R3);
not not366(N814,R5);
not not367(N815,R6);
not not368(N823,R2);
not not369(N824,R3);
not not370(N825,R4);
not not371(N826,R5);
not not372(N827,R6);
not not373(N835,R1);
not not374(N836,R2);
not not375(N837,R3);
not not376(N838,R4);
not not377(N839,R6);
not not378(N846,R1);
not not379(N847,R2);
not not380(N848,R3);
not not381(N849,R4);
not not382(N850,R5);
not not383(N851,R6);
not not384(N859,R1);
not not385(N860,R2);
not not386(N861,R4);
not not387(N862,R5);
not not388(N863,R6);

endmodule